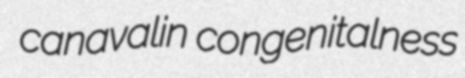
canavalin congenitalness